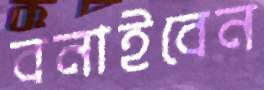
বনাইবেন